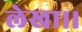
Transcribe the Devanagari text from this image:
लेखा।।